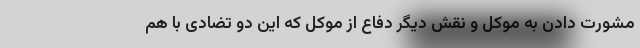
مشورت دادن به موکل و نقش دیگر دفاع از موکل که این دو تضادی با هم